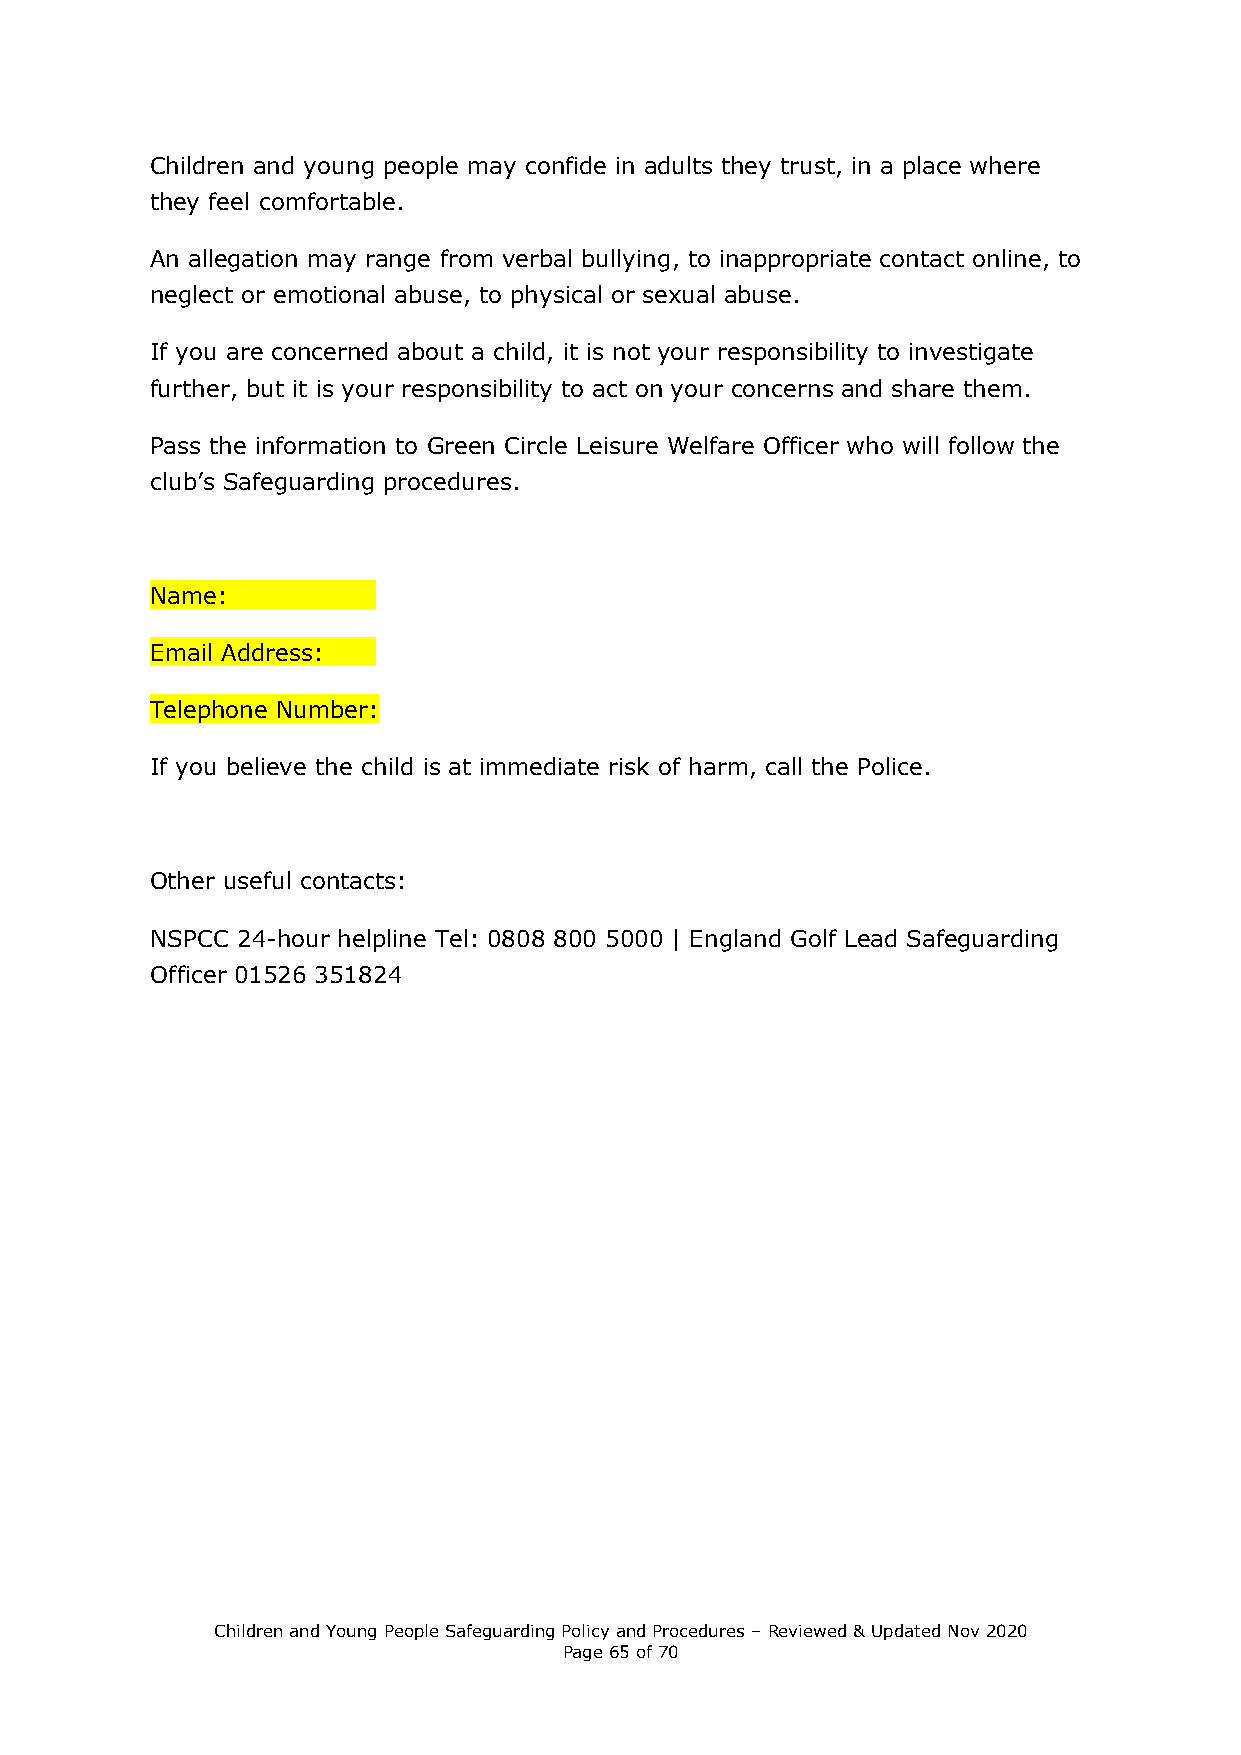
Children and young people may confide in adults they trust, in a place where
 they feel comfortable.
 An allegation may range from verbal bullying, to inappropriate contact online, to
 neglect or emotional abuse, to physical or sexual abuse.
 If you are concerned about a child, it is not your responsibility to investigate
 further, but it is your responsibility to act on your concerns and share them.
 Pass the information to Green Circle Leisure Welfare Officer who will follow the
 club’s Safeguarding procedures.
 Name:
 Email Address:
 Telephone Number:
 If you believe the child is at immediate risk of harm, call the Police.
 Other useful contacts:
 NSPCC 24-hour helpline Tel: 0808 800 5000 | England Golf Lead Safeguarding
 Officer 01526 351824
 Children and Young People Safeguarding Policy and Procedures – Reviewed & Updated Nov 2020
 Page 65 of 70